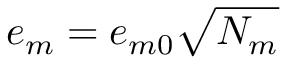
e _ { m } = e _ { m 0 } \sqrt { N _ { m } }